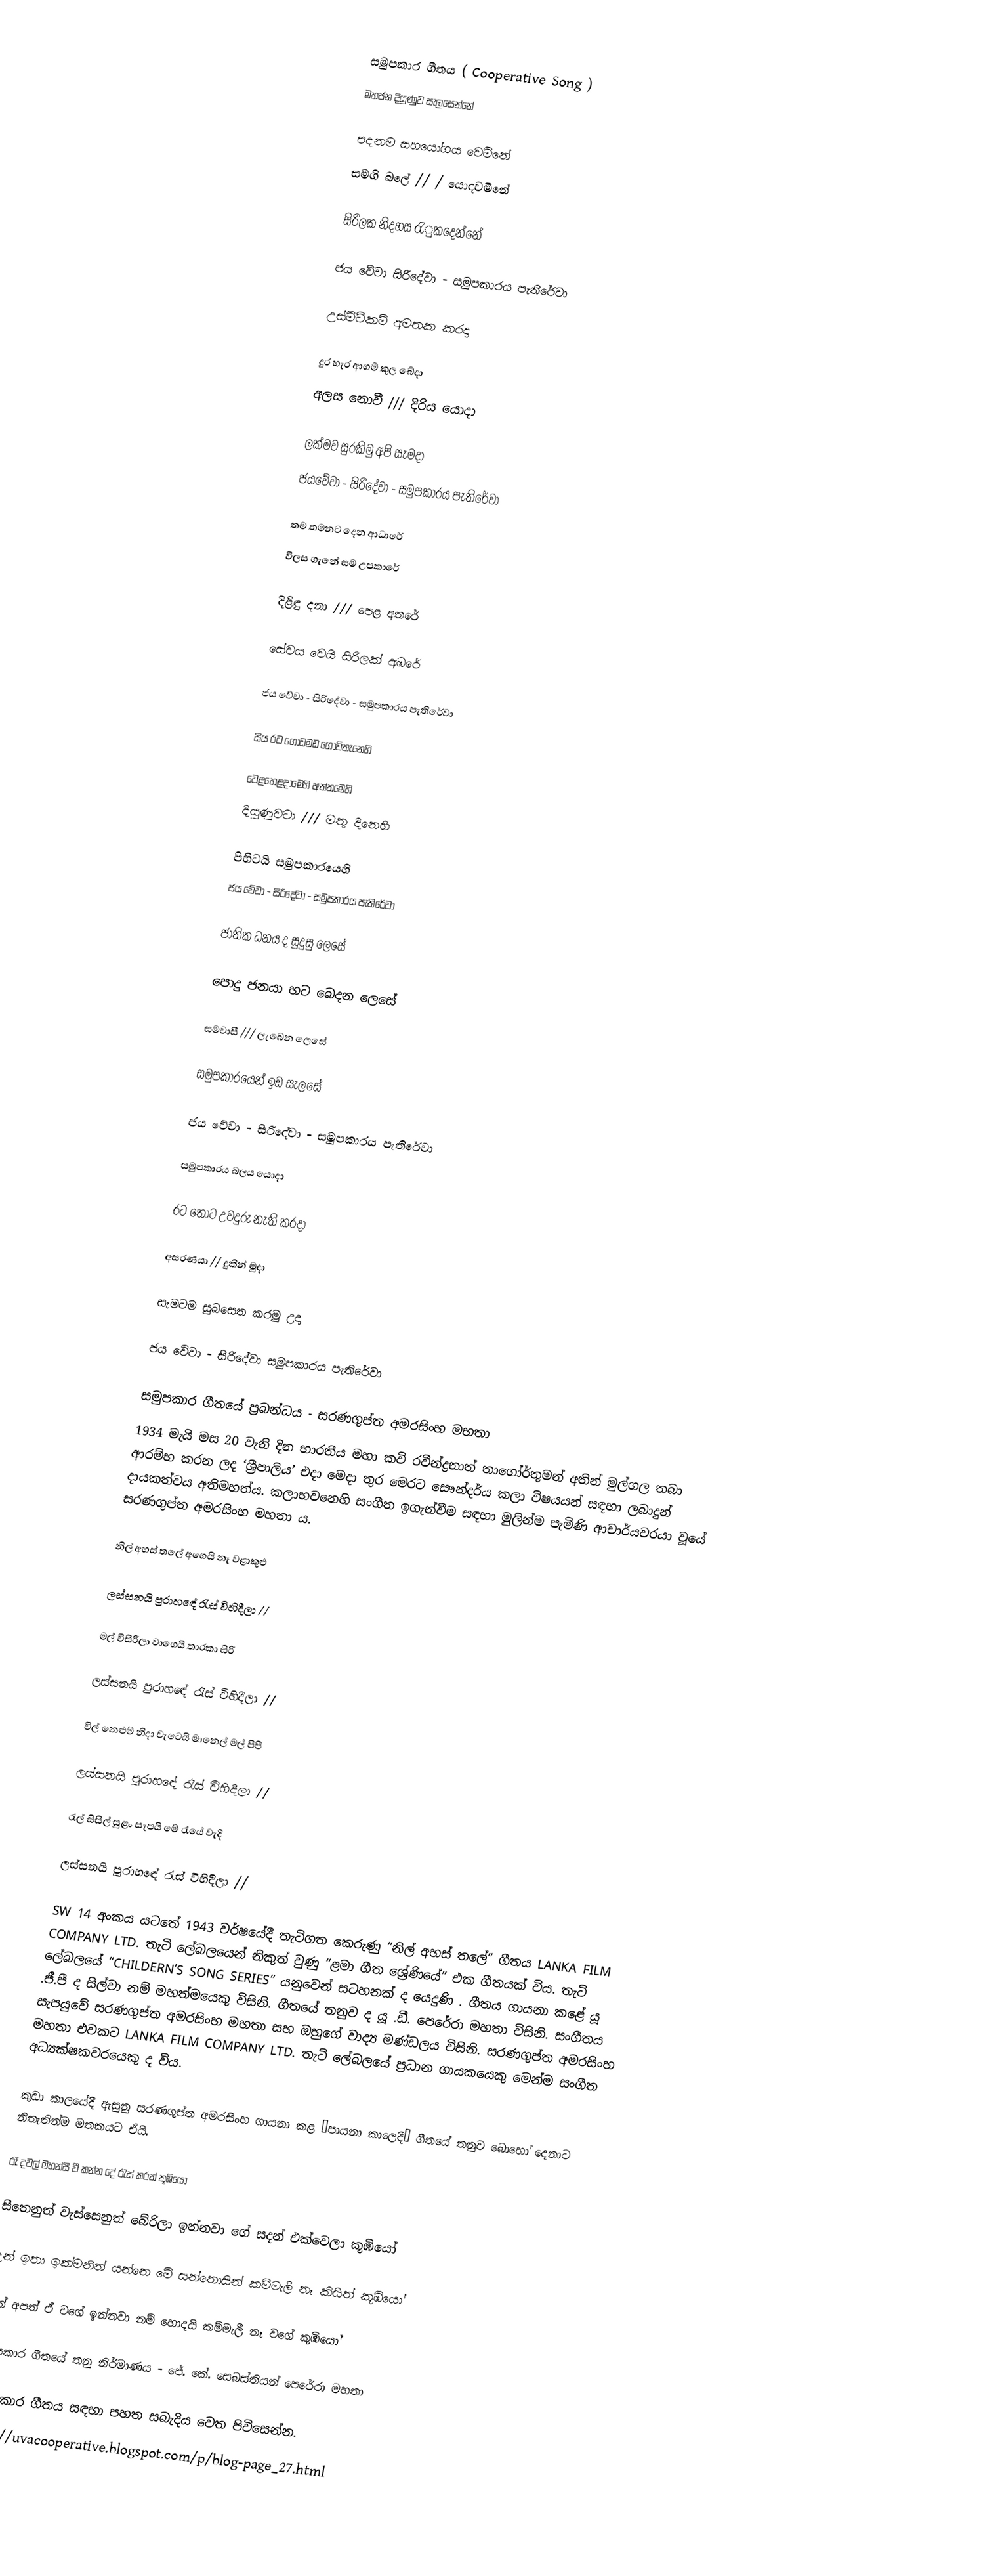

සමුපකාර ගීතය ( Cooperative Song )
මහජන දියුණුව සැලසෙන්නේ

පදනම සහයෝගය වෙමිනේ
සමගි බලේ // / යොදවමිනේ

සිරිලක නිදහස රැුකදෙන්නේ

ජය වේවා සිරිදේවා - සමුපකාරය පැතිරේවා

උස්මිටිකම් අමතක කරදා

දුර හැර ආගම් කුල බේදා
අලස නොවී /// දිරිය යොදා

ලක්මව සුරකිමු අපි සැමදා
ජයවේවා - සිරිදේවා - සමුපකාරය පැතිරේවා

තම තමනට දෙන ආධාරේ
විලස ගැනේ සම උපකාරේ

දිළිඳු දනා /// පෙළ අතරේ

සේවය වෙයි සිරිලක් අඹරේ

ජය වේවා - සිරිදේවා - සමුපකාරය පැතිරේවා

සිය රට ගොඩමඩ ගොවිතැනෙහි

වෙළහෙළදාමෙහි අත්තමෙහි
දියුණුවටා /// මතු දිනෙහි

පිහිටයි සමුපකාරයෙහි
ජය වේවා - සිරිදේවා - සමුපකාරය පැතිරේවා

ජාතික ධනය ද සුදුසු ලෙසේ

පොදු ජනයා හට බෙදන ලෙසේ

සමවාසී /// ලැබෙන ලෙසේ

සමුපකාරයෙන් ඉඩ සැලසේ

ජය වේවා - සිරිදේවා - සමුපකාරය පැතිරේවා

සමුපකාරය බලය යොදා

රට තොට උවදුරු නැති කරදා

අසරණයා // දුකින් මුදා

සැමටම සුබසෙත කරමු උදා

ජය වේවා - සිරිදේවා සමුපකාරය පැතිරේවා

සමුපකාර ගීතයේ ප‍්‍රබන්ධය -  සරණගුප්ත අමරසිංහ මහතා
1934 මැයි මස 20 වැනි දින භාරතීය මහා කවි රවීන්ද්‍රනාත් තාගෝර්තුමන් අතින් මුල්ගල තබා ආරම්භ කරන ලද ‘ශ්‍රීපාලිය’ එදා මෙදා තුර මෙරට සෞන්දර්ය කලා විෂයයන් සඳහා ලබාදුන් දායකත්වය අතිමහත්ය. කලාභවනෙහි සංගීත ඉගැන්වීම සඳහා මුලින්ම පැමිණි ආචාර්යවරයා වූයේ සරණගුප්ත අමරසිංහ මහතා ය.

නිල් අහස් තලේ අගෙයි නෑ වළාකුළු

ලස්සනයි පුරාහඳේ රැස් විහිදීලා //

මල් විසිරිලා වාගෙයි තාරකා සිරි

ලස්සනයි පුරාහඳේ රැස් විහිදීලා //

විල් නෙළුම් නිදා වැටෙයි මානෙල් මල් පිපී

ලස්සනයි පුරාහඳේ රැස් විහිදීලා //

රැල් සිසිල් සුළං සැපයි මේ රැයේ වැදී

ලස්සනයි පුරාහඳේ රැස් විහිදීලා //

SW  14 අංකය යටතේ 1943 වර්ෂයේදී තැටිගත කෙරුණු “නිල් අහස් තලේ” ගීතය LANKA FILM COMPANY LTD. තැටි ලේබලයෙන් නිකුත් වුණු “ළමා ගීත ශ්‍රේණියේ” එක ගීතයක් විය. තැටි ලේබලයේ “CHILDERN’S SONG SERIES” යනුවෙන් සටහනක් ද යෙදුණි . ගීතය ගායනා කළේ යූ .ජී.පී ද සිල්වා නම් මහත්මයෙකු විසිනි. ගීතයේ තනුව ද යූ .ඩී. පෙරේරා මහතා විසිනි. සංගීතය සැපයුවේ සරණගුප්ත අමරසිංහ මහතා සහ ඔහුගේ වාද්‍ය මණ්ඩලය විසිනි. සරණගුප්ත අමරසිංහ මහතා එවකට LANKA FILM COMPANY LTD.  තැටි ලේබලයේ ප්‍රධාන ගායකයෙකු මෙන්ම සංගීත අධ්‍යක්ෂකවරයෙකු ද විය.

කුඩා කාලයේදී ඇසුනු සරණගුප්ත අමරසිංහ ගායනා කළ “පායනා කාලෙදී” ගීතයේ තනුව බොහෝ දෙනාට නිතැතින්ම මතකයට ඒයි.

රෑ දවල් මහන්සි වී කන්න දේ රැස් කරත් කූඹියෝ

සීතෙනුත් වැස්සෙනුත් බේරිලා ඉන්නවා ගේ සදන් එක්වෙලා කූඹියෝ

උන් ඉතා ඉක්මනින් යන්නෙ මේ සන්තොසින් කම්මැලී නෑ කිසිත් කූඹියෝ

දැන් අපත් ඒ වගේ ඉන්නවා නම් හොදයි කම්මැලී නෑ වගේ කූඹියෝ

සමුපකාර ගීතයේ තනු නිර්මාණය - ජේ. කේ. සෙබස්තියන් පෙරේරා මහතා

සමුපකාර ගීතය සඳහා පහත සබැදිය වෙත පිවිසෙන්න.
https://uvacooperative.blogspot.com/p/blog-page_27.html